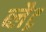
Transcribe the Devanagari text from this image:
ब्लैट्र